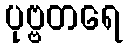
ပုဗ္ဗတရေ